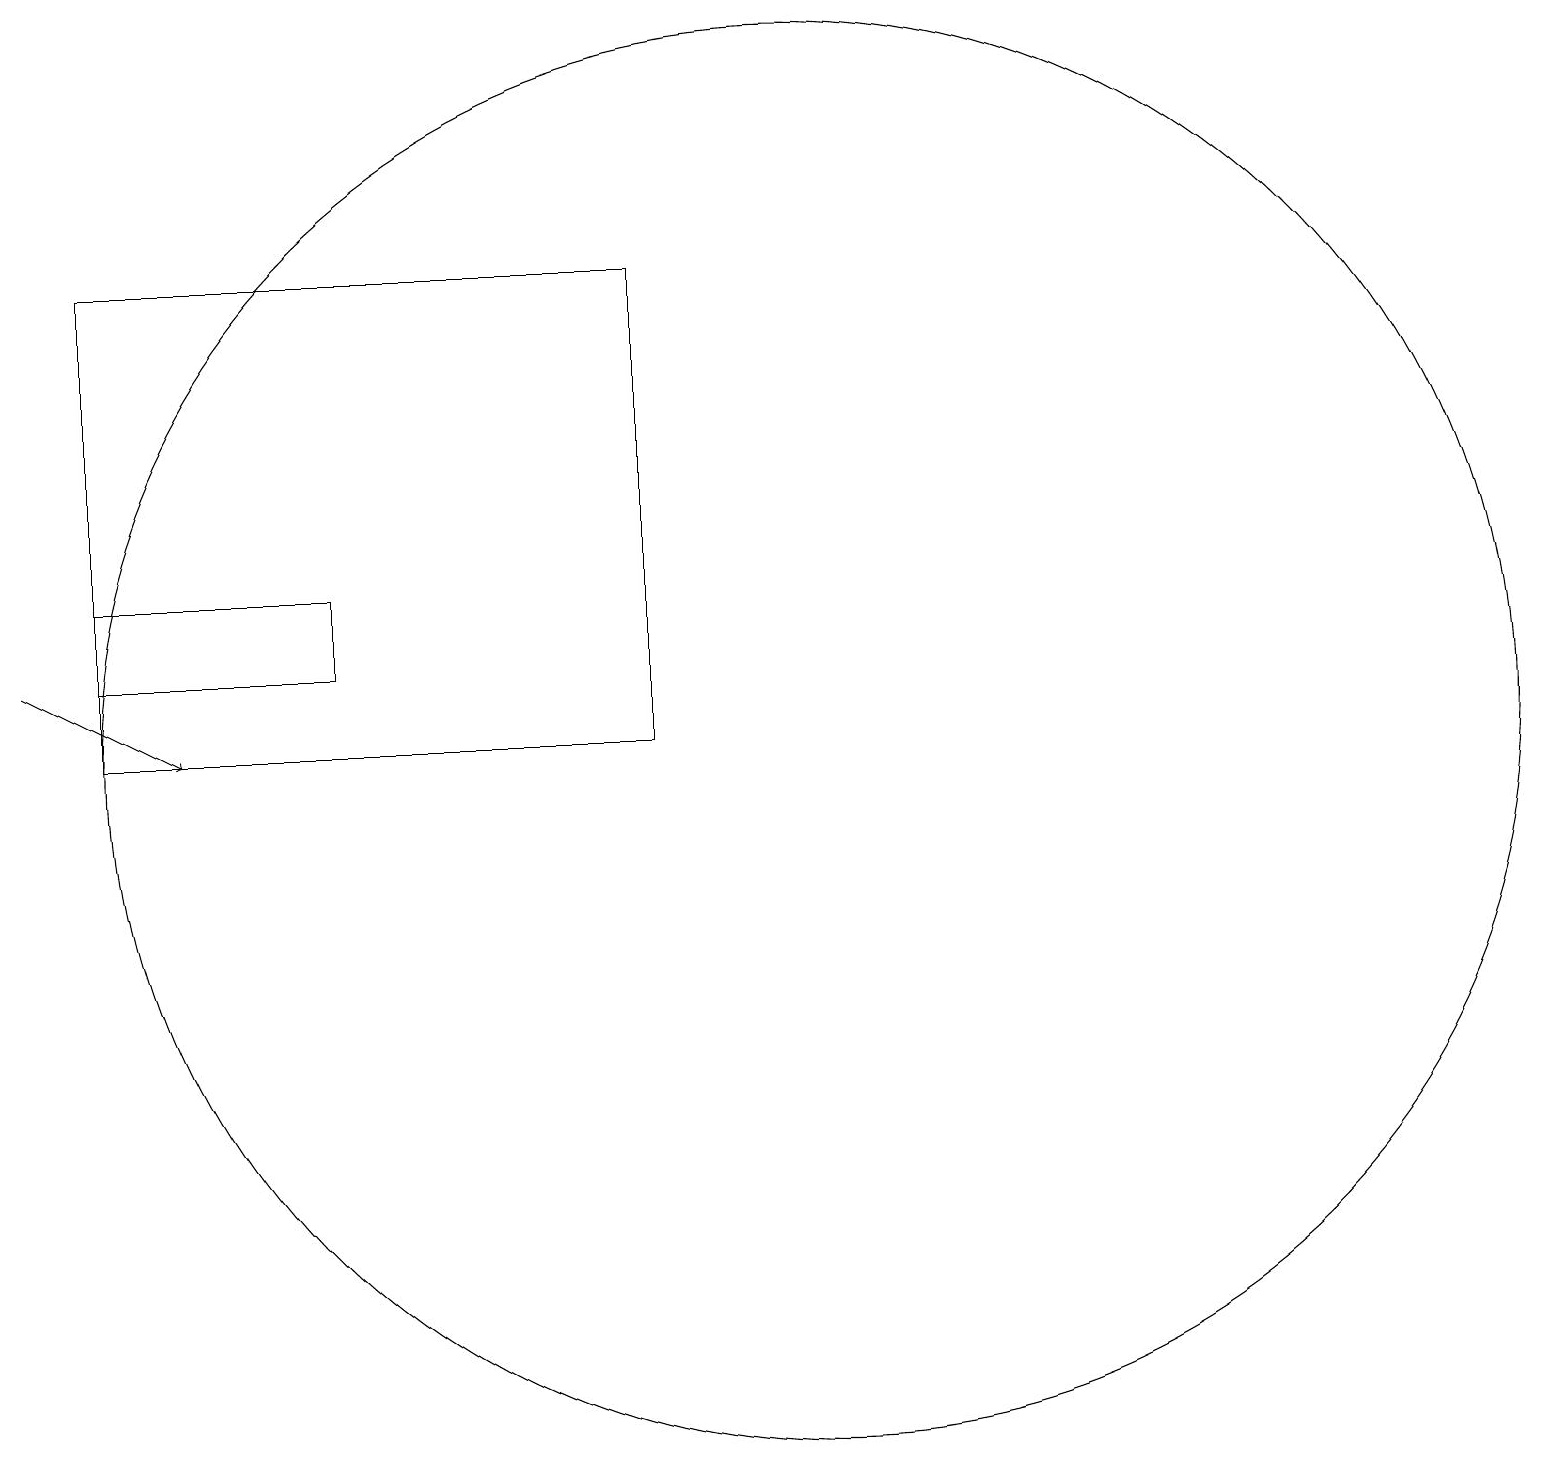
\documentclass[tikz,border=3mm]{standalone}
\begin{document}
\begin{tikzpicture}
\draw[->] (1,11) -- (3,10);
\draw (11,10) circle (9);
\draw (2,12) rectangle (5,11);
\draw (2,10) rectangle (9,16);
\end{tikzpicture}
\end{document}